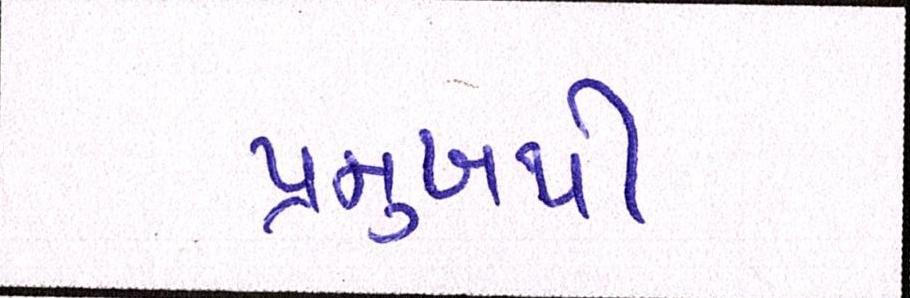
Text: પ્રમુખથી